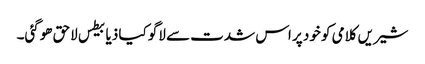
شیریں کلامی کو خود پر اس شدت سے لاگو کیا ذیابیطس لاحق ھوگئی۔